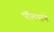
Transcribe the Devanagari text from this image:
पॉलसने